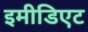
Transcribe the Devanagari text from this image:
इमीडिएट